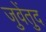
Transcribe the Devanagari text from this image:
जुवेंतुद